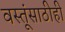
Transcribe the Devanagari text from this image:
वस्तूंसाठीही